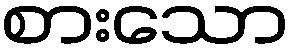
စားသော